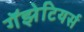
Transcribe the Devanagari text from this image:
गॅझेटियर्स